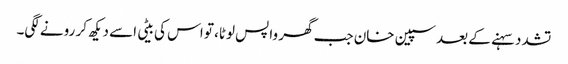
تشدد سہنے کے بعد سپین خان جب گھر واپس لوٹا، تو اس کی بیٹی اسے دیکھ کر رونے لگی۔